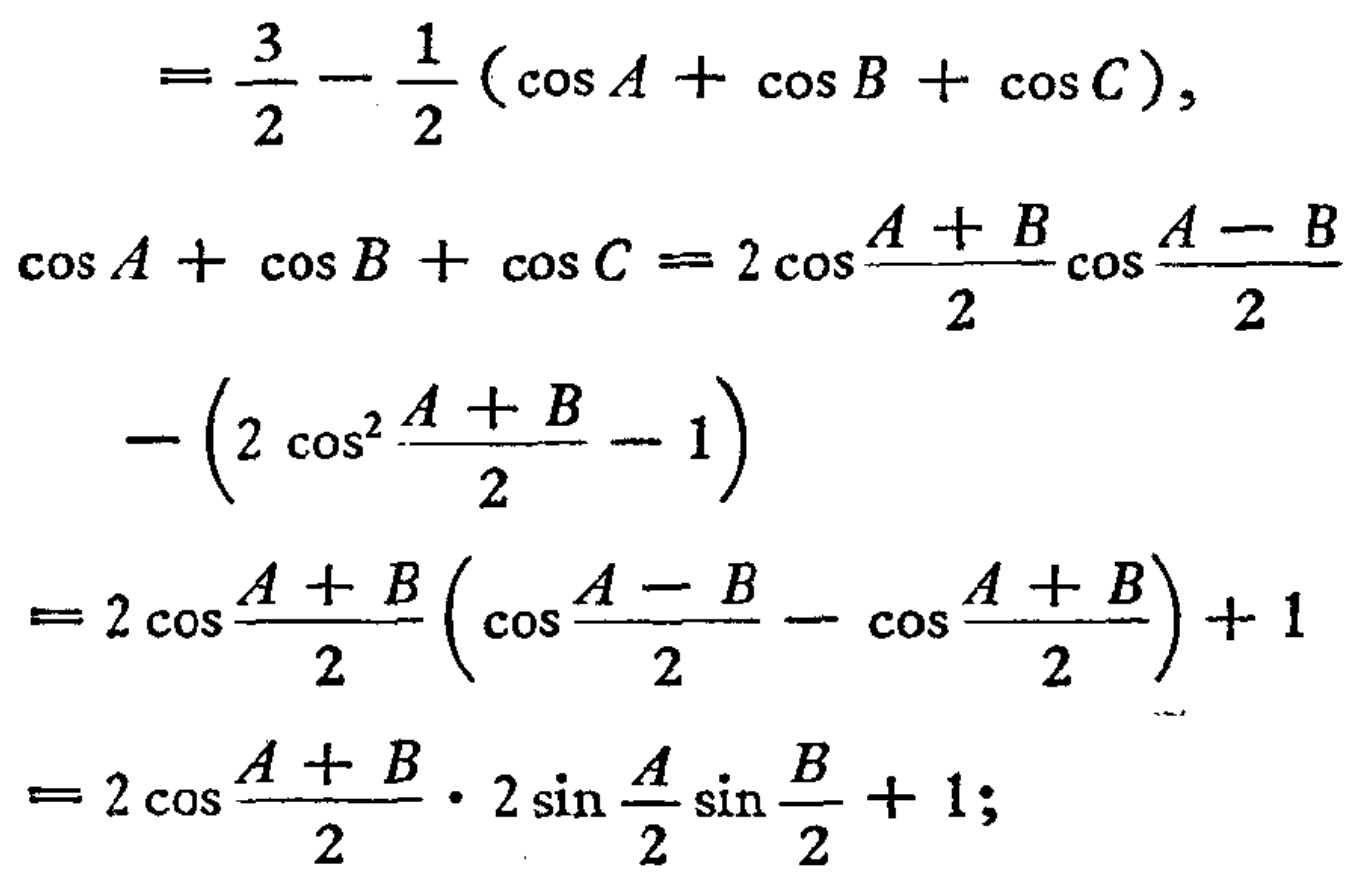
\[

\begin{align*}

&=\frac{3}{2}-\frac{1}{2}(\cos A+\cos B+\cos C),\\

\cos A+\cos B+\cos C&=2\cos\frac{A + B}{2}\cos\frac{A - B}{2}\\

&-\left(2\cos^{2}\frac{A + B}{2}-1\right)\\

&=2\cos\frac{A + B}{2}\left(\cos\frac{A - B}{2}-\cos\frac{A + B}{2}\right)+1\\

&=2\cos\frac{A + B}{2}\cdot2\sin\frac{A}{2}\sin\frac{B}{2}+1;

\end{align*}

\]